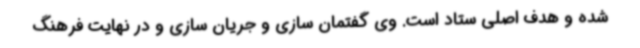
شده و هدف اصلی ستاد است. وی گفتمان سازی و جریان سازی و در نهایت فرهنگ